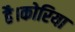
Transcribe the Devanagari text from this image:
है।कोरिया